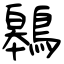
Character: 鷎